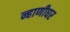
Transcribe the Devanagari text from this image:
न्हाणीघर